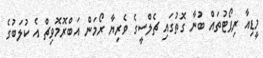
މީޑިއާ ރިޕޯޓުތައް ބުނާ ގޮތުގައި ޗެލްސީގެ ވެރިޔާ ރޯމަން އަބްރޮމޮވިޗް އެ ކުލަބުގެ